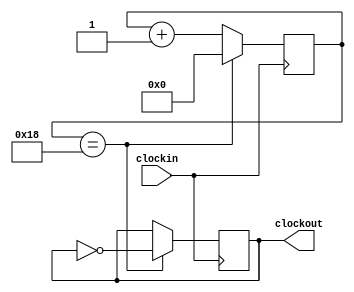
module div50(clockin,clockout);
input clockin;
output clockout;
reg [15:0]count;
reg clockout;
parameter N=50;                //N is the frequency divider.
always@(posedge clockin)
  begin
    if(count==N/2-1)
      begin
        count<=0;
        clockout<=~clockout;
      end
    else count<=count+1;
  end
endmodule